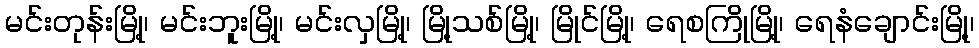
မင်းတုန်းမြို့၊ မင်းဘူးမြို့၊ မင်းလှမြို့၊ မြို့သစ်မြို့၊ မြိုင်မြို့၊ ရေစကြိုမြို့၊ ရေနံချောင်းမြို့၊